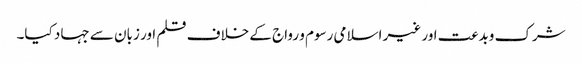
شرک وبدعت اور غیر اسلامی رسوم و رواج کے خلاف قلم اور زبان سے جہاد کیا۔